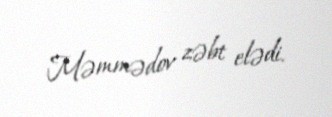
Məmmədov zəbt elədi.